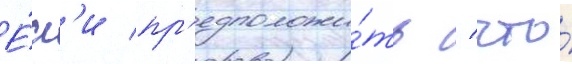
Е́сл'и пр'едположи́ть / что́